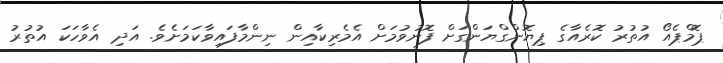
ޕޮމްޕެއޯ އުތުރު ކޮރެއާގެ ޕިޔޮންގްޔަންގަށް ފޮނުވުމަށް އެމެރިކާއިން ނިންމާފައިވާކަމަށެވެ. އަދި އެވާހަކަ އުތުރު